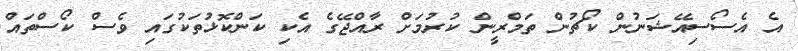
އެ އެސޯސިއޭޝަނުން ކޯޗުން ތަމްރީން ކުރުމަށް ރާއްޖޭގެ އެކި ކަންކޮޅުތަކުގައި ވެސް ކޯސްތައް